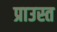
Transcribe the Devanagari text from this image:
प्राउस्त